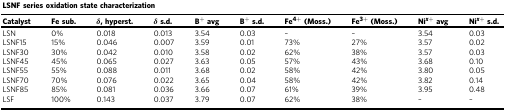
<table><thead><tr><td colspan="10"><b>LSNF series oxidation state characterization</b></td></tr><tr><td><b>Catalyst</b></td><td><b>Fe sub.</b></td><td><b><i>δ</i>, hyperst.</b></td><td><b><i>δ</i> s.d.</b></td><td><b>B<sup>+</sup> avg</b></td><td><b>B<sup>+</sup> s.d.</b></td><td><b>Fe<sup>4+</sup> (Moss.)</b></td><td><b>Fe<sup>3+</sup> (Moss.)</b></td><td><b>Ni<sup><i>x</i>+</sup> avg</b></td><td><b>Ni<sup><i>x</i>+</sup> s.d.</b></td></tr></thead><tbody><tr><td>LSN</td><td>0%</td><td>0.018</td><td>0.013</td><td>3.54</td><td>0.03</td><td>–</td><td>–</td><td>3.54</td><td>0.03</td></tr><tr><td>LSNF15</td><td>15%</td><td>0.046</td><td>0.007</td><td>3.59</td><td>0.01</td><td>73%</td><td>27%</td><td>3.57</td><td>0.02</td></tr><tr><td>LSNF30</td><td>30%</td><td>0.042</td><td>0.010</td><td>3.58</td><td>0.02</td><td>62%</td><td>38%</td><td>3.57</td><td>0.03</td></tr><tr><td>LSNF45</td><td>45%</td><td>0.065</td><td>0.027</td><td>3.63</td><td>0.05</td><td>57%</td><td>43%</td><td>3.68</td><td>0.10</td></tr><tr><td>LSNF55</td><td>55%</td><td>0.088</td><td>0.011</td><td>3.68</td><td>0.02</td><td>58%</td><td>42%</td><td>3.80</td><td>0.05</td></tr><tr><td>LSNF70</td><td>70%</td><td>0.076</td><td>0.022</td><td>3.65</td><td>0.04</td><td>58%</td><td>42%</td><td>3.82</td><td>0.14</td></tr><tr><td>LSNF85</td><td>85%</td><td>0.081</td><td>0.036</td><td>3.66</td><td>0.07</td><td>61%</td><td>39%</td><td>3.95</td><td>0.48</td></tr><tr><td>LSF</td><td>100%</td><td>0.143</td><td>0.037</td><td>3.79</td><td>0.07</td><td>62%</td><td>38%</td><td>–</td><td>–</td></tr></tbody></table>